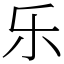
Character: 乐